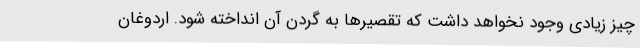
چیز زیادی وجود نخواهد داشت که تقصیرها به گردن آن انداخته شود. اردوغان